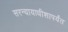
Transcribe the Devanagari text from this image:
सरन्यायाधीशापर्यंत